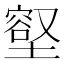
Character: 𭏳